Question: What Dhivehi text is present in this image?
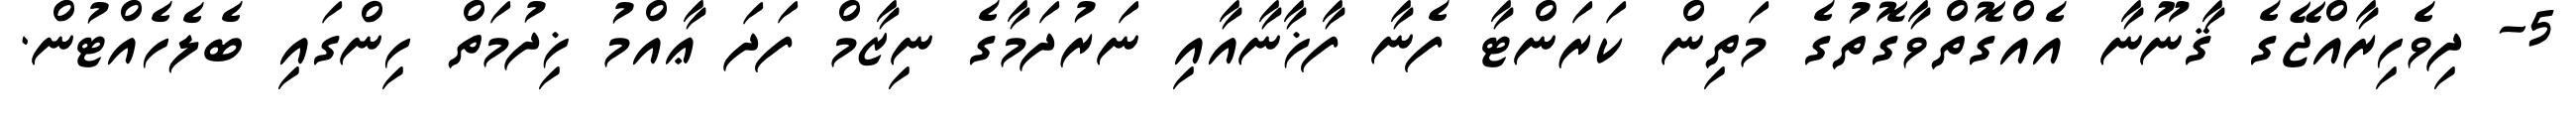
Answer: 5- ދިވެހިރާއްޖޭގެ ޤާނޫނާ އެއްގޮތްވާގޮތުގެ މަތިން ކަރަންޓާ ފެނާ ފާޚާނާއާއި ނަރުދަމާގެ ނިޒާމް ފަދަ ޢާއްމު ޚިދުމަތް ހިންގައި ބެލެހެއްޓުން.